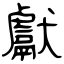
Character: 獻